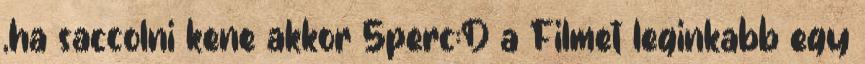
,ha saccolni kene akkor 5perc:D a Filmet leginkabb egy